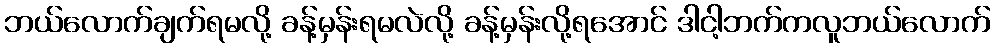
ဘယ်လောက်ချက်ရမလို့ ခန့်မှန်းရမလဲလို့ ခန့်မှန်းလို့ရအောင် ဒါငါ့ဘက်ကလူဘယ်လောက်